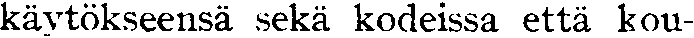
käytökseensä sekä kodeissa että kou-